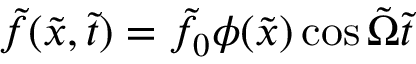
\tilde { f } ( \tilde { x } , \tilde { t } ) = \tilde { f } _ { 0 } \phi ( \tilde { x } ) \cos { \tilde { \Omega } \tilde { t } }